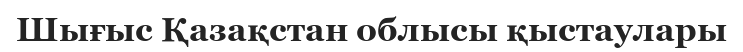
Шығыс Қазақстан облысы қыстаулары